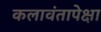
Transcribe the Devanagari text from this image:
कलावंतापेक्षा